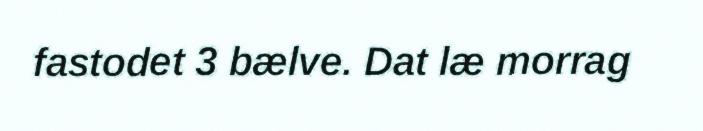
fastodet 3 bælve. Dat læ morrag